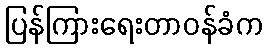
ပြန်ကြားရေးတာဝန်ခံက